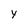
Character: Y